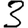
Digit: 3